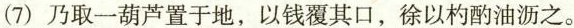
(7)乃取一葫芦置于地，以钱覆其口，徐以杓酌油沥之。